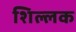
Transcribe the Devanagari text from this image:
शिल्‍लक